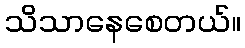
သိသာနေစေတယ်။